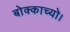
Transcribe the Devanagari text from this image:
बोक्काच्यो।